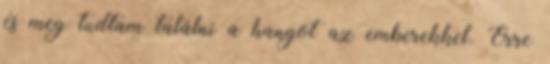
és meg tudtam találni a hangot az emberekkel. Erre